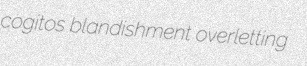
cogitos blandishment overletting